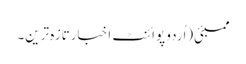
ممبئی(اُردو پوائنٹ اخبارتازہ ترین۔